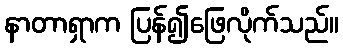
နာတာရှာက ပြန်၍ဖြေလိုက်သည်။